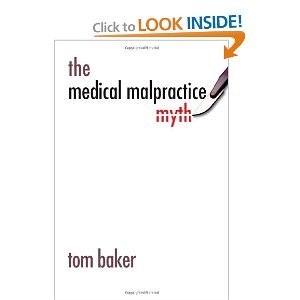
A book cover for The Medical Malpractice Myth byBaker; Baker; Law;